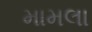
મામલા